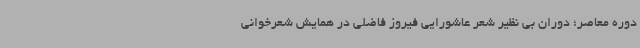
دوره معاصر؛ دوران بی نظیر شعر عاشورایی فیروز فاضلی در همایش شعرخوانی